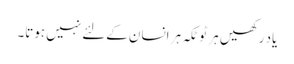
یاد رکھیں ہر ٹوٹکہ ہر انسان کےلئے نہیں ہوتا۔